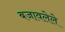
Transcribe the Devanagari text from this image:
बजावलेले